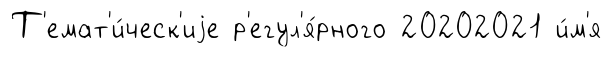
Т'емат'и́ческ'иjе р'егул'я́рного 20202021 и́м'я